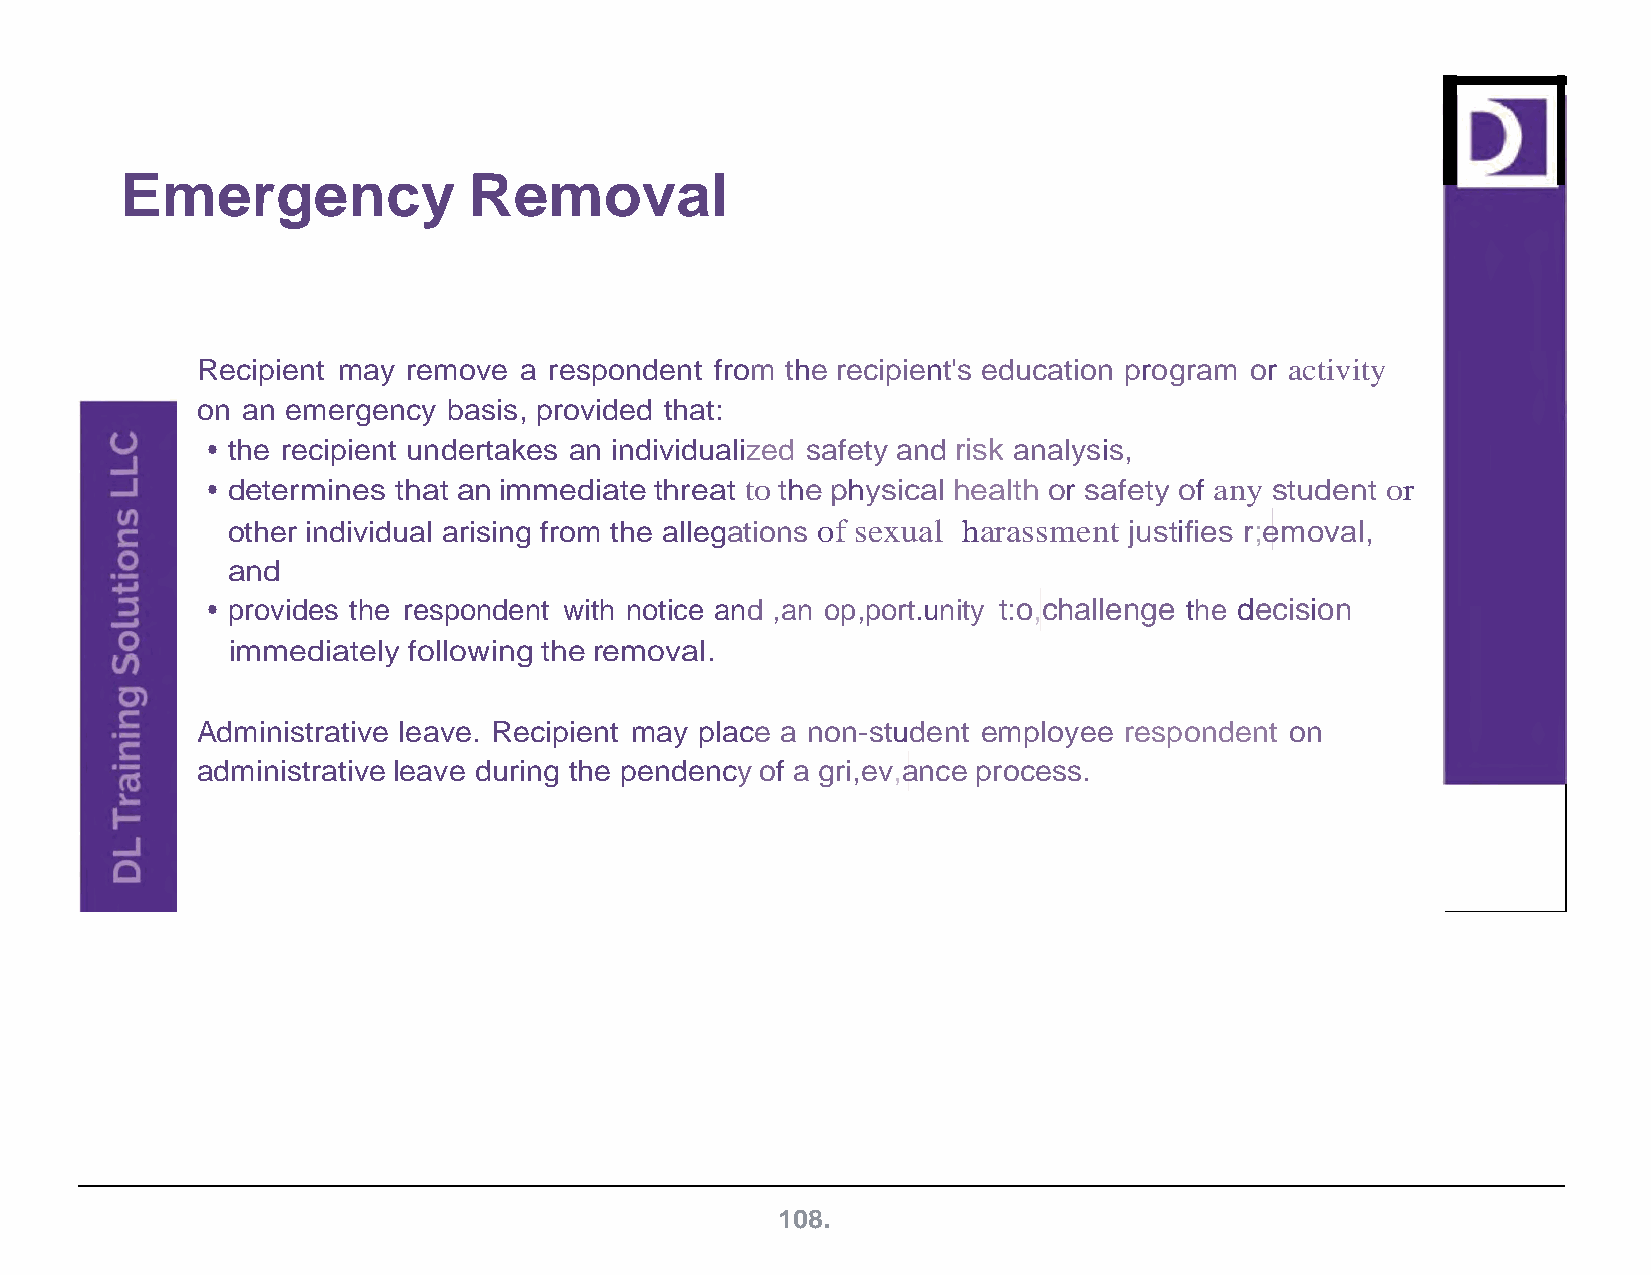
Emergency              Removal
 Recipient may remove a respondent from the recipient's education program or activity
 on an emergency  basis, provided that:
 • the recipient undertakes an individualized safety and risk analysis,
 • determines that an immediate threat to the physical health or safety of any student or
 other individual arising from the allegations of sexual harassment justifies r;emoval,
 and
 • provides the respondent with notice and ,an op,port.unity t:o,challenge the decision
 immediately following the removal.
 Administrative leave. Recipient may place a non-student employee respondent on
 administrative leave during the pendency of a gri,ev,ance process.
 108.